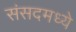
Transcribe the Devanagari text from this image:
संसदमध्ये